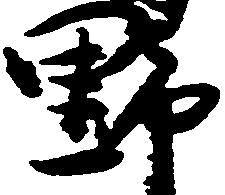
野